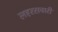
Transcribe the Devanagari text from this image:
लहरसवारी